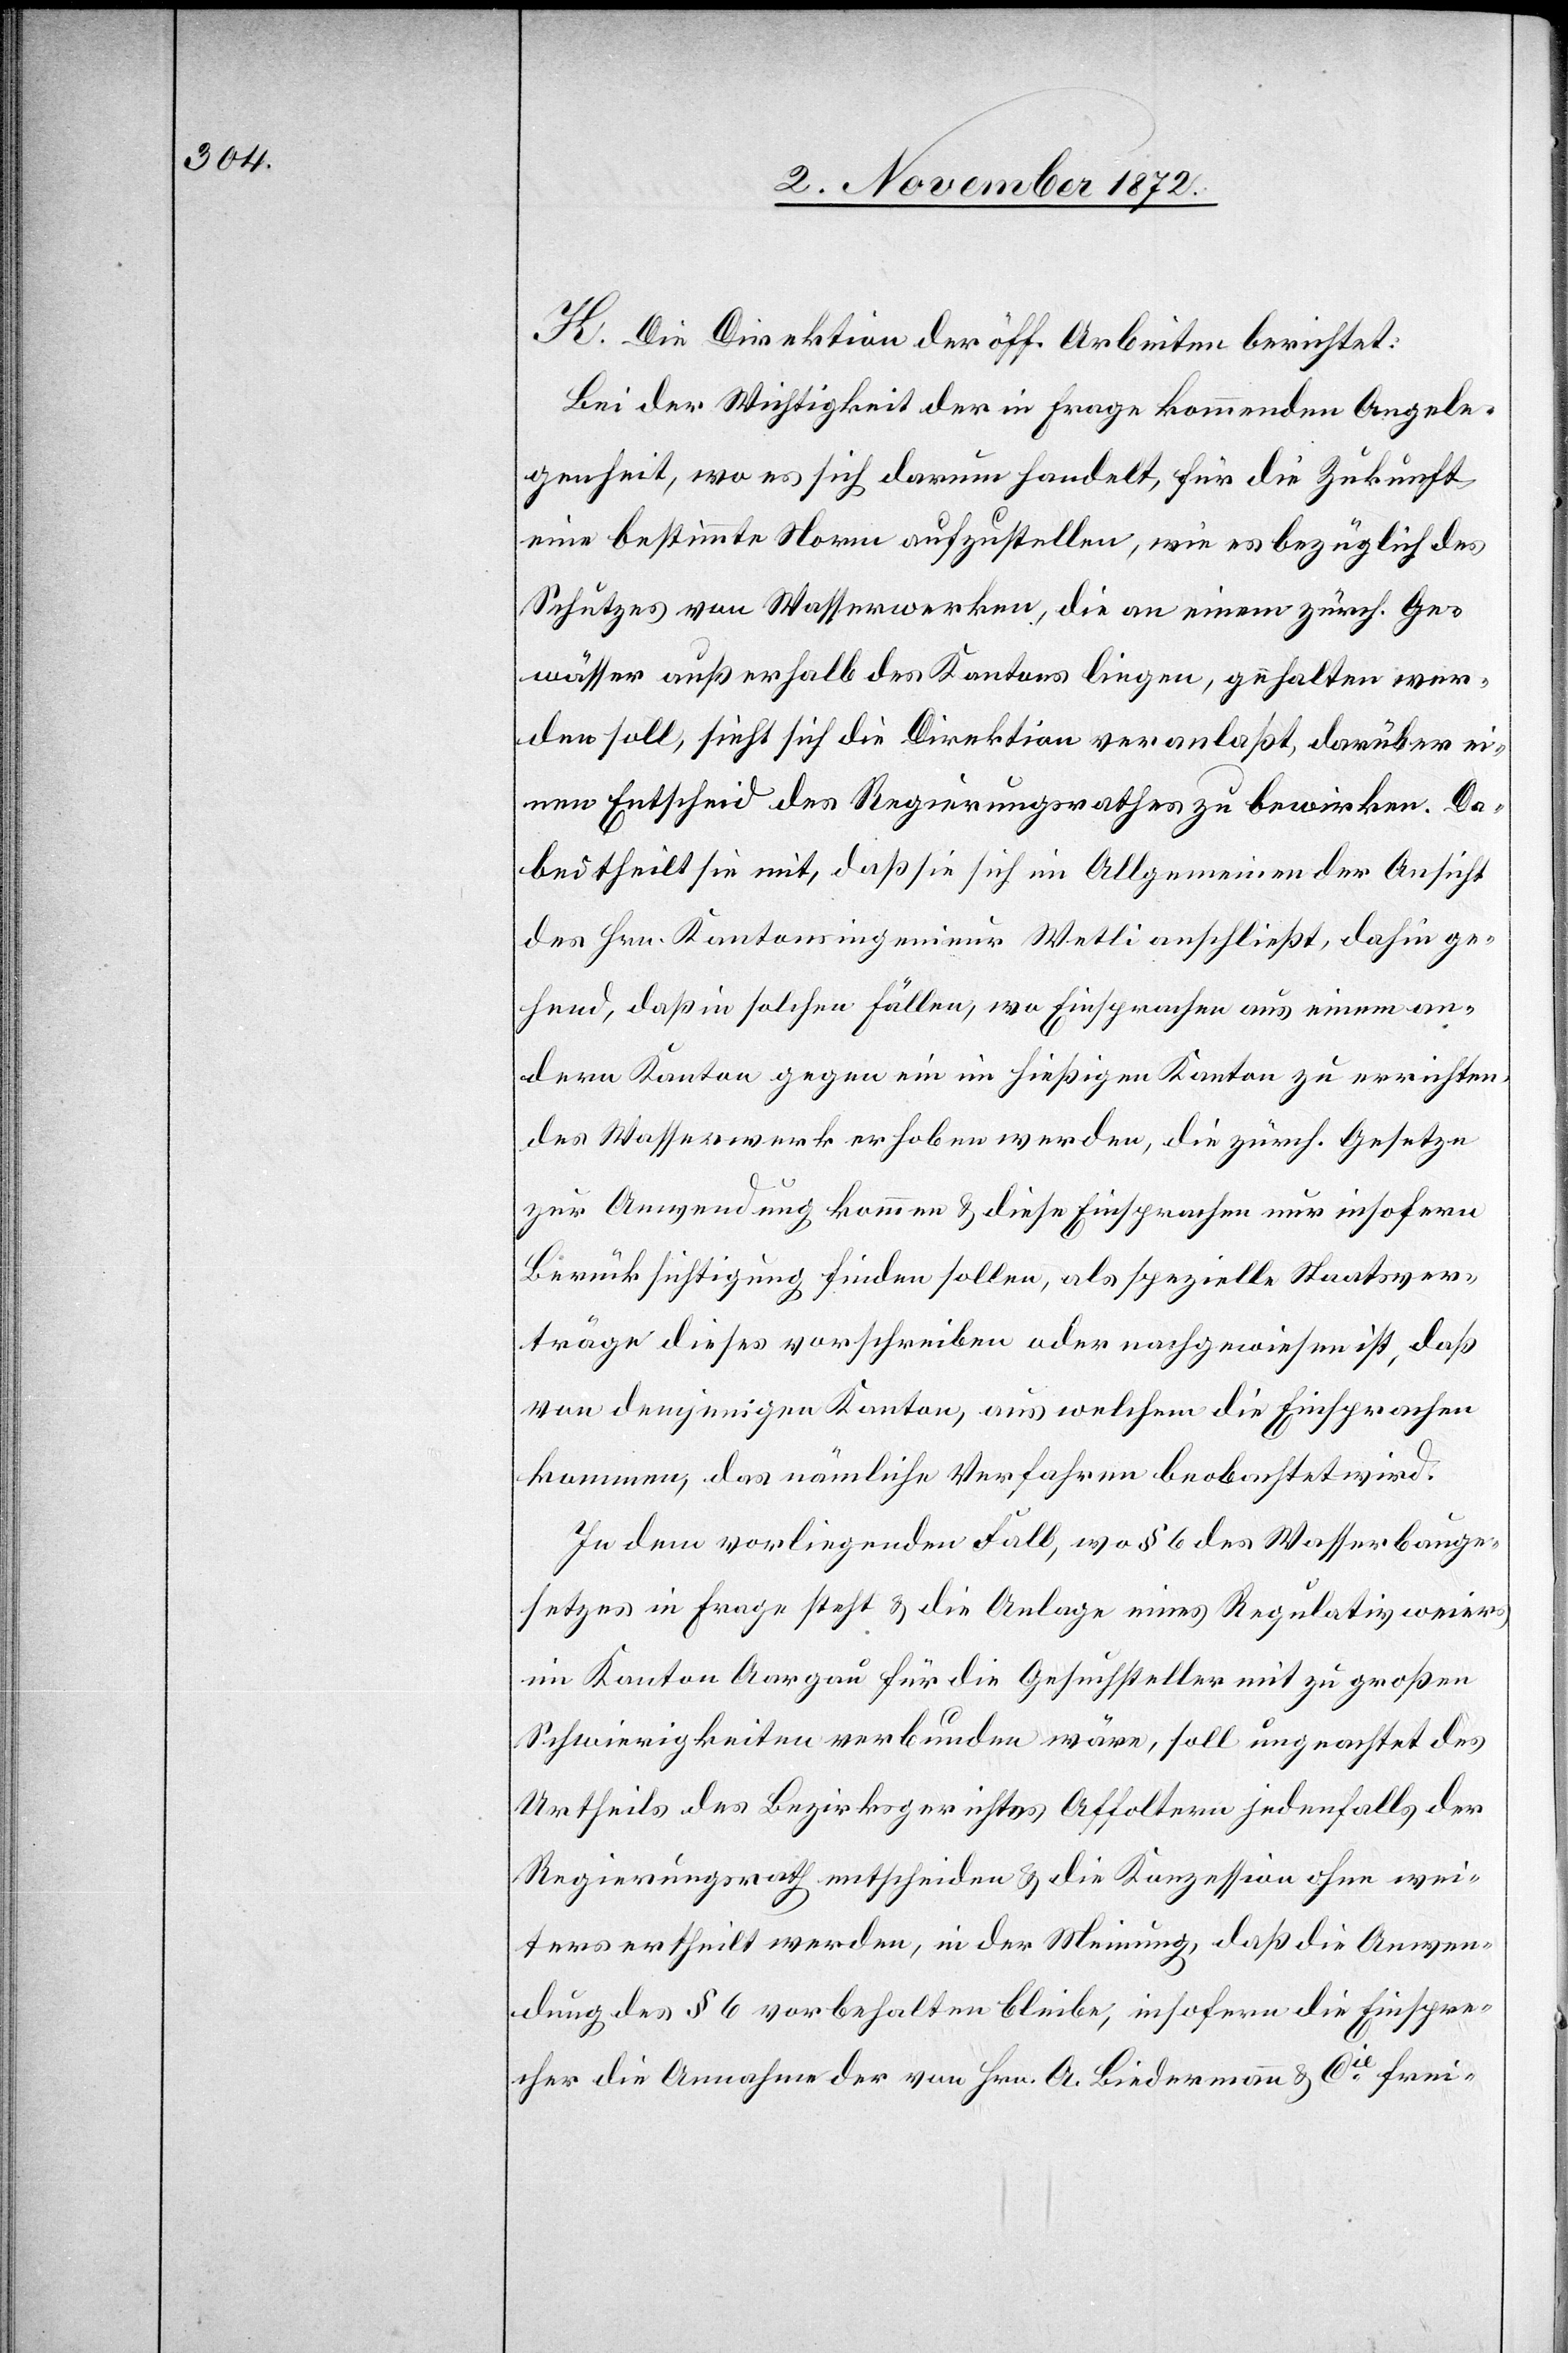
K. Die Direktion der öff. Arbeiten berichtet:
Bei der Wichtigkeit der in Frage kommenden Angele¬
genheit, wo es sich darum handelt, für die Zukunft
eine bestimmte Norm aufzustellen, wie es bezüglich des
Schutzes von Wasserwerken, die an einem zürch. Ge¬
wässer außerhalb des Kantons liegen, gehalten wer¬
den soll, sieht sich die Direktion veranlaßt, darüber ei¬
nen Entscheid des Regierungsrathes zu bewirken. Da¬
bei theilt sie mit, daß sie sich im Allgemeinen der Ansicht
des Hrn. Kantonsingenieur Wetli anschließt, dahin ge¬
hend, daß in solchen Fällen, wo Einsprachen aus einem an¬
dern Kanton gegen ein im hießigen Kanton zu errichten¬
des Wasserwerk erhoben werden, die zürch. Gesetze
zur Anwendung kommen & diese Einsprachen nur insofern
Berücksichtigung finden sollen, als spezielle Staatsver¬
träge dieses vorschreiben oder nachgewiesen ist, daß
von demjenigen Kanton, aus welchem die Einsprachen
kommen, das nämliche Verfahren beobachtet wird.
In dem vorliegenden Fall, wo § 6 des Wasserbauge¬
setzes in Frage steht & die Anlage eines Regulativweiers
im Kanton Aargau für die Gesuchsteller mit zu großen
Schwierigkeiten verbunden wäre, soll ungeachtet des
Urtheils des Bezirksgerichtes Affoltern jedenfalls der
Regierungsrath entscheiden & die Konzession ohne wei¬
teres ertheilt werden, in der Meinung, daß die Anwen¬
dung des § 6 vorbehalten bleibe, insofern die Einspre¬
cher die Annahme der von Hrn. A. Biedermann & Cie frei-